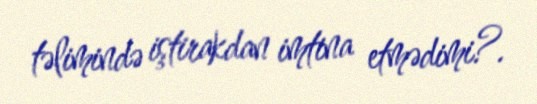
təlimində iştirakdan imtina etmədimi?.